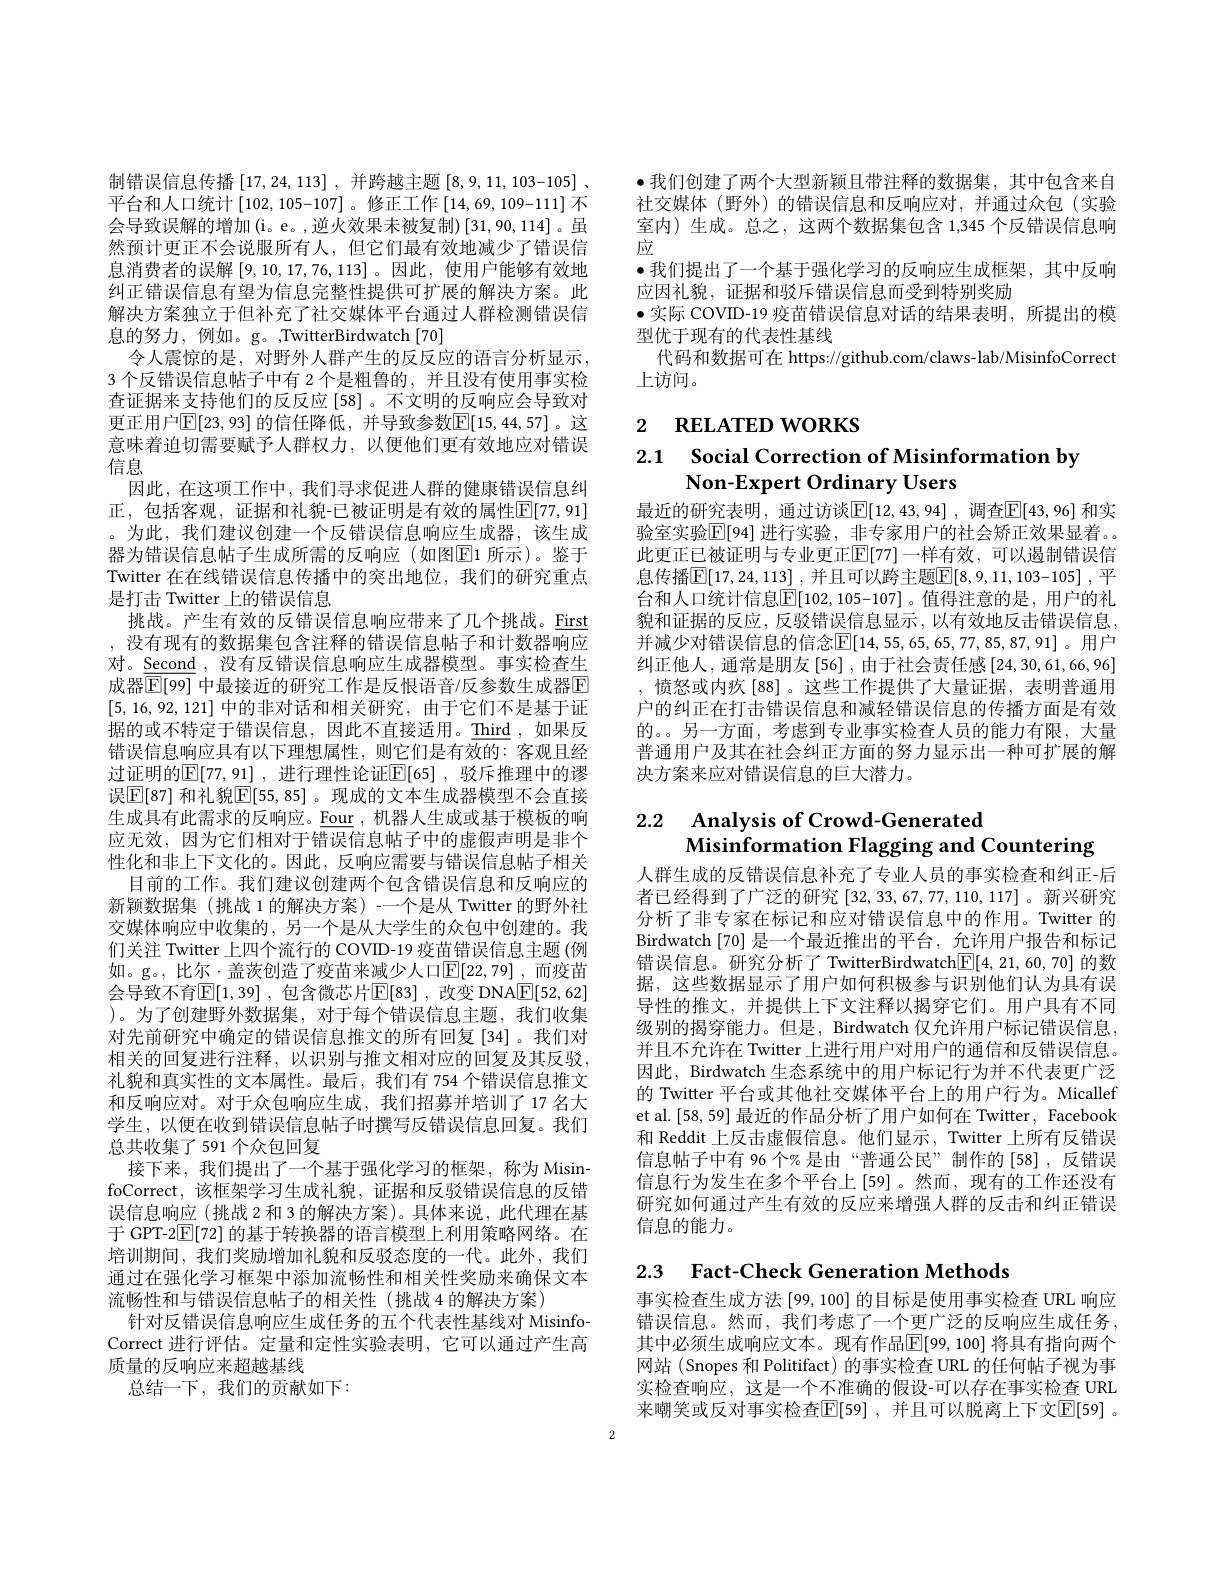
制错误信息传播$\left[17,24,113\right]$,并跨越主题$\left[8,9,11,\right]$ 平台和人口统计[102,105-107]。修正工作[14,69,109-111]不会导致误解的增加(i。e。,逆火效果未被复制)[31,90,114]。虽然预计更正不会说服所有人，但它们最有效地减少了错误信息消费者的误解[9,10,17,76,113] 。因此，使用户能够有效地纠正错误信息有望为信息完整性提供可扩展的解决方案。此解决方案独立于但补充了社交媒体平台通过人群检测错误信息的努力，例如。g。,TwitterBirdwatch[70]
令人震惊的是，对野外人群产生的反反应的语言分析显示， 3 个反错误信息帖子中有 2 个是粗鲁的，并且没有使用事实检查证据来支持他们的反反应[58]。不文明的反响应会导致对更正用户$\mathbb{E}[23,93]$ 的信任降低，并导致参数$\mathbb{E}[15,44,57]$。这意味着迫切需要赋予人群权力，以便他们更有效地应对错误信息
因此，在这项工作中，我们寻求促进人群的健康错误信息纠正，包括客观，证据和礼貌-已被证明是有效的属性$\overline{\mathbb{E}}[77,91]$ 。为此，我们建议创建一个反错误信息响应生成器，该生成器为错误信息帖子生成所需的反响应(如图$\overline{\mathbb{E}}$1 所示)。鉴于Twitter 在在线错误信息传播中的突出地位，我们的研究重点是打击 Twitter 上的错误信息
挑战。产生有效的反错误信息响应带来了几个挑战。First ,没有现有的数据集包含注释的错误信息帖子和计数器响应对。$\underline{\mathrm{Second}}$,没有反错误信息响应生成器模型。事实检查生成器$\boxed{\mathbb{F}}[99]$ 中最接近的研究工作是反恨语音/反参数生成器$\boxed{\mathbb{F}}$ [5,16,92,121]中的非对话和相关研究，由于它们不是基于证据的或不特定于错误信息，因此不直接适用。$\underline\mathrm{\mathrm{Third}}$,如果反错误信息响应具有以下理想属性，则它们是有效的：客观且经过证明的$\mathbb{E}[77,91]$, 进行理性论证$\mathbb{E}[65]$, 驳斥推理中的谬误$\mathbb{E}[87]$ 和礼貌$\mathbb{E}[55,85]$。现成的文本生成器模型不会直接生成具有此需求的反响应。$\underline\mathrm{Four}$,机器人生成或基于模板的响应无效，因为它们相对于错误信息帖子中的虚假声明是非个性化和非上下文化的。因此，反响应需要与错误信息帖子相关
目前的工作。我们建议创建两个包含错误信息和反响应的新颖数据集(挑战 1 的解决方案)-一个是从 Twitter 的野外社交媒体响应中收集的，另一个是从大学生的众包中创建的。我们关注 Twitter 上四个流行的 COVID-19 疫苗错误信息主题 (例如。g。, 比尔·盖茨创造了疫苗来减少人口$\mathbb{E}[22,79]$ ,而疫苗会导致不育$\overline {\mathbb{E} }[ 1, 39]$ , 包含微芯片$\mathbb{E} [ 83]$ )。为了创建野外数据集，对于每个错误信息主题，我们收集对先前研究中确定的错误信息推文的所有回复[34]。我们对相关的回复进行注释，以识别与推文相对应的回复及其反驳， 礼貌和真实性的文本属性。最后，我们有 754 个错误信息推文和反响应对。对于众包响应生成，我们招募并培训了17 名大学生，以便在收到错误信息帖子时撰写反错误信息回复。我们总共收集了591 个众包回复
接下来，我们提出了一个基于强化学习的框架，称为 MisinfoCorrect,该框架学习生成礼貌，证据和反驳错误信息的反错误信息响应(挑战 2 和 3 的解决方案)。具体来说，此代理在基于 GPT-2$\mathbb{E}[72]$的基于转换器的语言模型上利用策略网络。在培训期间，我们奖励增加礼貌和反驳态度的一代。此外，我们通过在强化学习框架中添加流畅性和相关性奖励来确保文本流畅性和与错误信息帖子的相关性(挑战 4 的解决方案)
针对反错误信息响应生成任务的五个代表性基线对 MisinfoCorrect 进行评估。定量和定性实验表明，它可以通过产生高质量的反响应来超越基线
总结一下，我们的贡献如下：

·我们创建了两个大型新颖且带注释的数据集，其中包含来自社交媒体(野外)的错误信息和反响应对，并通过众包(实验室内)生成。总之，这两个数据集包含 1,345 个反错误信息响应
$\bullet$我们提出了一个基于强化学习的反响应生成框架，其中反响
应因礼貌，证据和驳斥错误信息而受到特别奖励
·实际 COVID-19 疫苗错误信息对话的结果表明，所提出的模
型优于现有的代表性基线
代码和数据可在 https://github.com/claws-lab/MisinfoCorrect
上访问。

2 $\textbf{RELATED WORKS}$

# 2.1 Social Correction of Misinformation by Non-Expert Ordinary Users

最近的研究表明，通过访谈$\mathbb{E}[12,43,94]$,调查$\mathbb{E}[43,96]$ 和实验室实验$\mathbb{E}[94]$ 进行实验，非专家用户的社会矫正效果显着。此更正已被证明与专业更正$\mathbb{E}[77]$一样有效，可以遏制错误信息传播$\mathbb{E}[17,24,113]$,并且可以跨主题$\mathbb{E}[8,9,11,103-105]$,平台和人口统计信息$\boxed{\mathbb{E}}[102,105-107]$ 。值得注意的是，用户的礼貌和证据的反应，反驳错误信息显示，以有效地反击错误信息， 并减少对错误信息的信念$\mathbb{E}[14,55,65,65,77,85,87,91]$。用户纠正他人，通常是朋友[56],由于社会责任感[24,30,61,66,96] ,愤怒或内疚[88]。这些工作提供了大量证据，表明普通用户的纠正在打击错误信息和减轻错误信息的传播方面是有效的。另一方面，考虑到专业事实检查人员的能力有限，大量普通用户及其在社会纠正方面的努力显示出一种可扩展的解决方案来应对错误信息的巨大潜力。

### 2.2 $\textbf{Analvsis of Crowd- Generated}$ Misinformation Flagging and Countering

人群生成的反错误信息补充了专业人员的事实检查和纠正-后者已经得到了广泛的研究[32,33,67,77,110,117]。新兴研究分析了非专家在标记和应对错误信息中的作用。Twitter 的Birdwatch [70]是一个最近推出的平台，允许用户报告和标记错误信息。研究分析了 TwitterBirdwatch$\boxed{\mathrm{F}}[4,21,60,70]$的数据，这些数据显示了用户如何积极参与识别他们认为具有误导性的推文，并提供上下文注释以揭穿它们。用户具有不同级别的揭穿能力。但是，Birdwatch 仅允许用户标记错误信息， 并且不允许在 Twitter 上进行用户对用户的通信和反错误信息。因此，Birdwatch 生态系统中的用户标记行为并不代表更广泛的 Twitter 平台或其他社交媒体平台上的用户行为。Micallef et al.[58,59] 最近的作品分析了用户如何在 Twitter, Facebook 和 Reddit 上反击虚假信息。他们显示，Twitter 上所有反错误信息帖子中有 96 个% 是由“普通公民”制作的[58],反错误信息行为发生在多个平台上[59]。然而，现有的工作还没有研究如何通过产生有效的反应来增强人群的反击和纠正错误信息的能力。

2.3 Fact-Check Generation Methods

事实检查生成方法 [99, 100] 的目标是使用事实检查 URL 响应错误信息。然而，我们考虑了一个更广泛的反响应生成任务， 其中必须生成响应文本。现有作品$\mathbb{E}[99,100]$ 将具有指向两个网站(Snopes 和 Politifact) 的事实检查 URL 的任何帖实检查响应，这是一个不准确的假设-可以存在事实检查 URL 来嘲笑或反对事实检查$\mathbb{E}[$59] ,并且可以脱离上下文$\mathbb{E}[59]$ 。

2